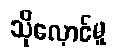
သိုလှောင်မှု